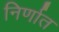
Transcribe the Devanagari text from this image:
निर्णात